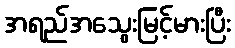
အရည်အသွေးမြင့်မားပြီး